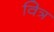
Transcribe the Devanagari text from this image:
वित्र